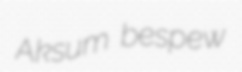
Aksum bespew